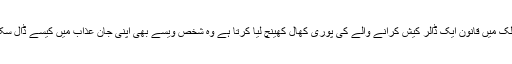
جس ملک میں قانون ایک ڈالر کیش کرانے والے کی پوری کھال کھینچ لیا کرتا ہے وہ شخص ویسے بھی اپنی جان عذاب میں کیسے ڈال سکتا ہے۔